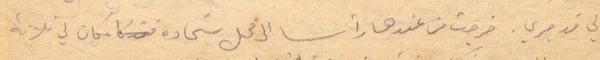
لي قد جرى. خرجت من عندخا رأسًا الى محل شحادة وكان لي ثلاثة